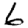
Digit: 6